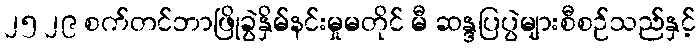
၂၅ ၂၉ စက်တင်ဘာဖြိုခွဲနှိမ်နင်းမှုမတိုင် မီ ဆန္ဒပြပွဲများစီစဉ်သည်နှင့်